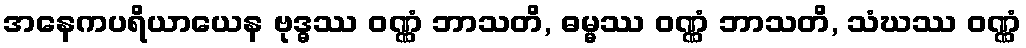
အနေကပရိယာယေန ဗုဒ္ဓဿ ဝဏ္ဏံ ဘာသတိ, ဓမ္မဿ ဝဏ္ဏံ ဘာသတိ, သံဃဿ ဝဏ္ဏံ